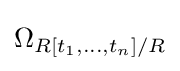
\Omega _{R[t_{1},\ldots ,t_{n}]/R}